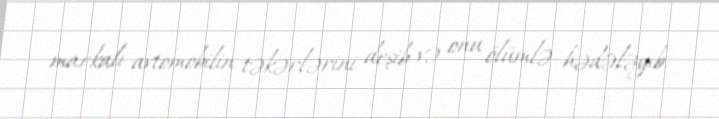
markalı avtomobilin təkərlərini deşib və onu ölümlə hədələyib.